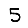
Digit: 5